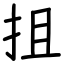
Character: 抯